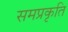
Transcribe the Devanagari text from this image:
समप्रकृति